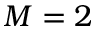
M = 2